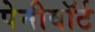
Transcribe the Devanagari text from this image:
पेनीवॉर्ट